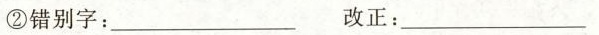
②错别字：___ 改正：___